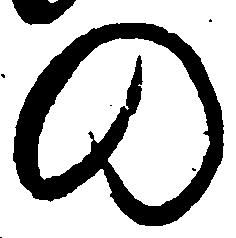
の